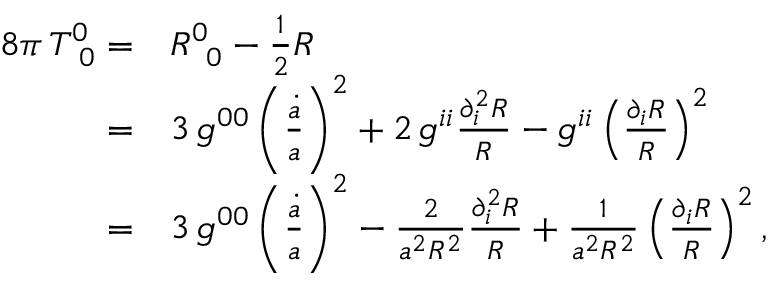
\begin{array} { r l } { 8 \pi \, T _ { \, \, \, 0 } ^ { 0 } = } & { R _ { \, \, \, 0 } ^ { 0 } - \frac { 1 } { 2 } R } \\ { = } & { 3 \, g ^ { 0 0 } \left( \frac { \dot { a } } { a } \right) ^ { 2 } + 2 \, g ^ { i i } \frac { \partial _ { i } ^ { 2 } R } { R } - g ^ { i i } \left( \frac { \partial _ { i } R } { R } \right) ^ { 2 } } \\ { = } & { 3 \, g ^ { 0 0 } \left( \frac { \dot { a } } { a } \right) ^ { 2 } - \frac { 2 } { a ^ { 2 } R ^ { 2 } } \frac { \partial _ { i } ^ { 2 } R } { R } + \frac { 1 } { a ^ { 2 } R ^ { 2 } } \left( \frac { \partial _ { i } R } { R } \right) ^ { 2 } , } \end{array}